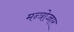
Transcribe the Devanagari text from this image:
मन्त्रोच्चार